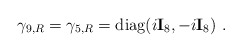
\begin{align*}\gamma_{9,R}=\gamma_{5,R}={\mbox{diag}}(i{\bf I}_8 , -i{\bf I}_8)~.\end{align*}